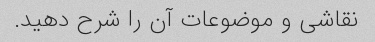
نقاشی و موضوعات آن را شرح دهید.